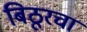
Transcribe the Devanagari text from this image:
बिठूरचा